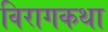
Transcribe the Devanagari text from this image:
विरागकथा